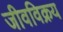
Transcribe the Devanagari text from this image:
जीवविक्रय